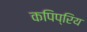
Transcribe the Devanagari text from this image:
कपिप्रिय